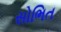
સોભિત